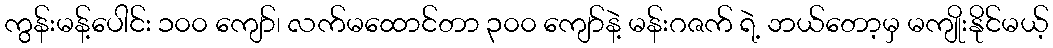
ကွန်းမန့်ပေါင်း ၁၀၀ ကျော်၊ လက်မထောင်တာ ၃၀၀ ကျော်နဲ့ မန်းဂဇက် ရဲ့ ဘယ်တော့မှ မကျိုးနိုင်မယ့်